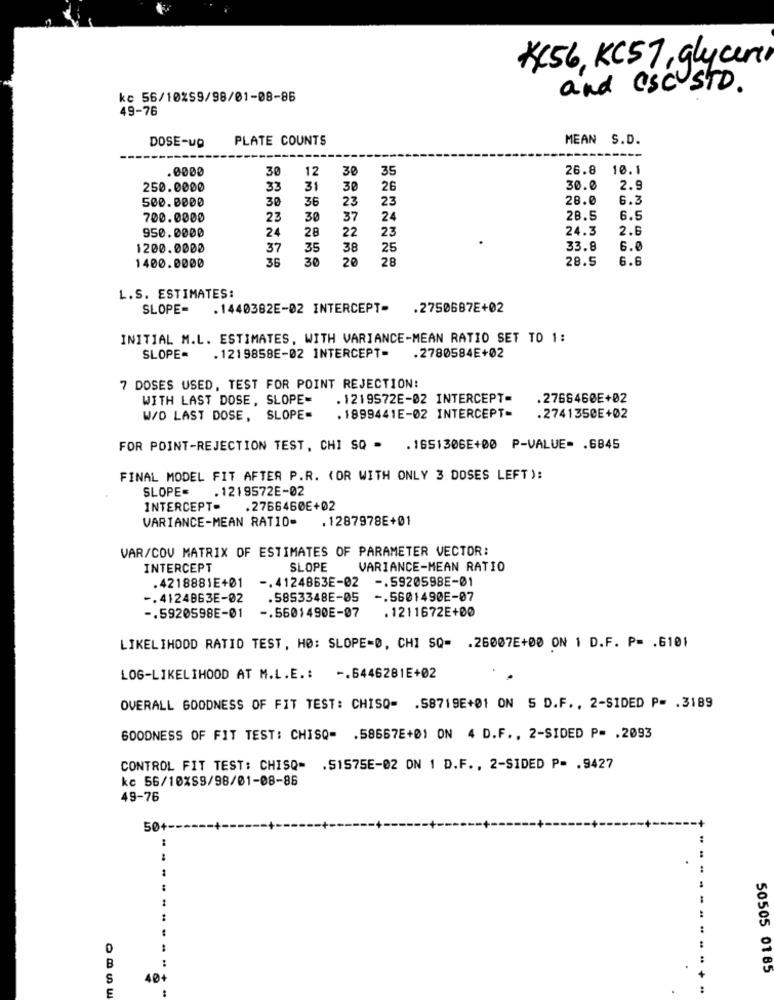
₭456, KC57, glycer
and CSC STD.
kc 56/10%59/98/01-08-86
49-76
DOSE-up
PLATE COUNTS
MEAN S.D.
.0000
30
12
30
35
26.8
10.1
250.0000
33
31
30
26
30.0
2.9
500.0000
30
23
23
28.0
6.3
36
700.0000
23
30
37
24
28.5
6.5
950.0000
24
22
23
24.3
2.6
28
1200.0000
37
35
38
25
33.8
6.0
1400.0000
36
30
20
28
28.5
6.6
L.S. ESTIMATES:
SLOPE=
. 1440382E-02 INTERCEPT- . 2750687E+02
INITIAL M.L. ESTIMATES, WITH VARIANCE-MEAN RATIO SET TO 1:
SLOPE
. 1219858E-02 INTERCEPT-
.2780584E+02
7 DOSES USED, TEST FOR POINT REJECTION:
WITH LAST DOSE, SLOPE=
. 1219572E-02 INTERCEPT=
.2768460E+02
W/D LAST DOSE, SLOPE-
. 1899441E-02 INTERCEPT-
.2741350E+02
FOR POINT-REJECTION TEST, CHI SQ . . 1651306E+00 P-VALUE= . 6845
FINAL MODEL FIT AFTER P.R. (OR WITH ONLY 3 DOSES LEFT ):
SLOPE
. 1219572E-02
INTERCEPT-
.2766460E+02
VARIANCE-MEAN RATIO-
. 1287978E+01
VAR/COV MATRIX OF ESTIMATES OF PARAMETER VECTOR:
INTERCEPT
SLOPE
VARIANCE-MEAN RATIO
.4218881E+01
-. 5920598E-01
-. 4124863E-02
-. 4124863E-02
.5853348E-05
-. 5601490E-07
. 1211672E+00
-. 5920598E-01
-. 5601490E-07
LIKELIHOOD RATIO TEST, HØ: SLOPE=D, CHI SQ= . 26007E+00 ON 1 D.F. P= . 6101
LOG-LIKELIHOOD AT M.L.E .:
-. 6446281E+02
OVERALL GOODNESS OF FIT TEST: CHISQ= . 58719E+01 ON 5 D.F ., 2-SIDED P= . 3189
GOODNESS OF FIT TEST: CHISQ= . 58667E+01 ON 4 D.F ., 2-SIDED P= . 2093
CONTROL FIT TEST: CHISQ= . 51575E-02 ON 1 D.F ., 2-SIDED P= . 9427
kc 56/10%S9/98/01-08-86
49-76
504
-.
B
50505 01 85
S